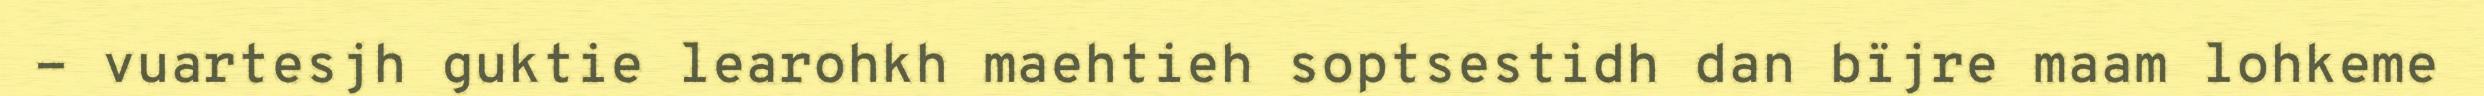
- vuartesjh guktie learohkh maehtieh soptsestidh dan bïjre maam lohkeme